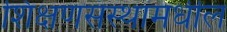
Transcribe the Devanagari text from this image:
शिक्षणसंस्थांमधील